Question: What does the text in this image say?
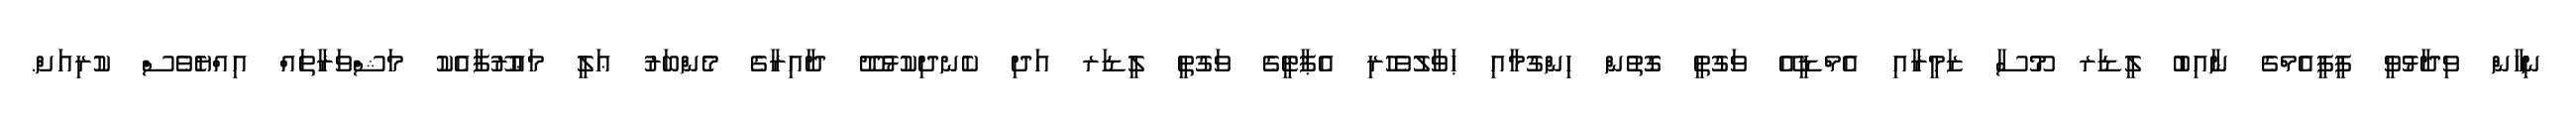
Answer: ނިހާން ވިދާޅުވީ ޕީޕީއެމްގެ ނާއިބު ލީޑަރ މޫސާ ޒަމީރާއި އެމްޑީއޭ ވަގުތީ ގޮތުން ހިންގުމާއި ޙަވާލުވެހުރި އެޕާޓީގެ ވަގުތީ ލީޑަރ އަދި ކެނދިކުޅުދޫ ދާއިރާގެ މެންބަރު ޢަލީ މަޢުރޫފާއެކު މަޝްވަރާތައް އިއްޔެވެސް ކުރިއަށް.